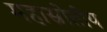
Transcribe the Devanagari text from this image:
महास्रोतीय